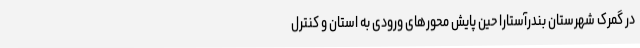
در گمرک شهرستان بندرآستارا حین پایش محورهای ورودی به استان و کنترل